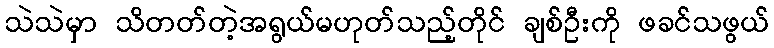
သဲသဲမှာ သိတတ်တဲ့အရွယ်မဟုတ်သည့်တိုင် ချစ်ဦးကို ဖခင်သဖွယ်